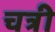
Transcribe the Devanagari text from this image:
चत्री